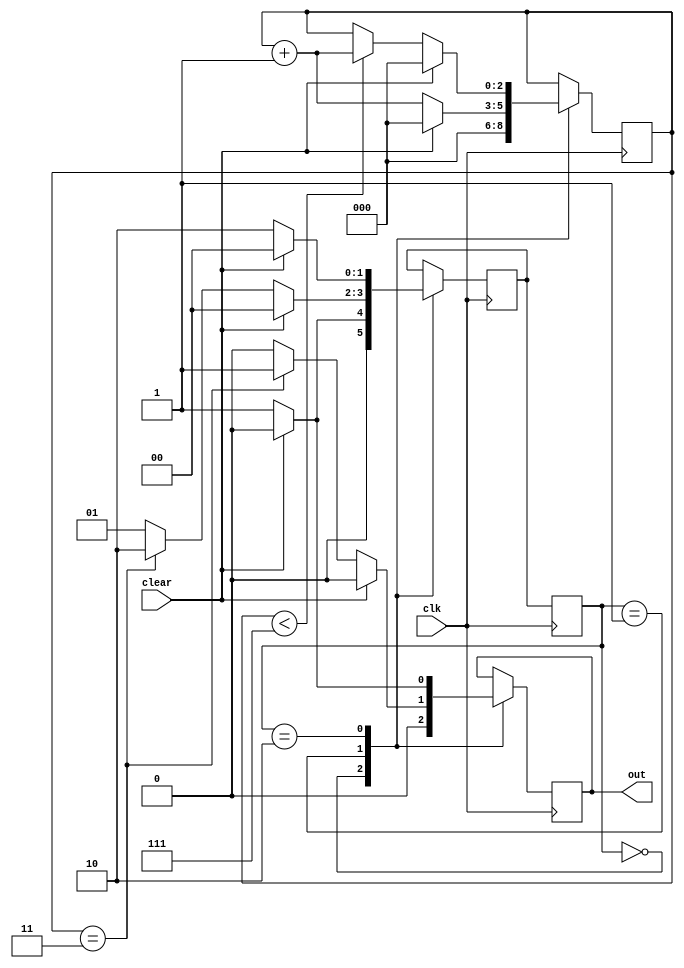
module nao_recilado(
    output reg out,
    input wire clk,
    input wire clear
);
    parameter A = 2'b00;
    parameter B = 2'b01;
    parameter C = 2'b10;
    reg [2:0]count;
    reg [1:0]state;
    reg [1:0]next_state;

    initial begin
        next_state = A;
        state = A;
        
    end

    always@(posedge clk)begin
        state <= next_state;
    end

    always@(posedge clk) begin
        case (state)
            A:  begin
                    if(clear)begin
                        out <= 0;
                        count <= 0;
                        next_state = A; 
                    end
                    else begin
                        out <= 0;
                        count <= 0;
                        next_state = B;
                    end
                end
            B:  begin
                    if(clear)begin
                        out <= 0;
                        count <= 0;
                        next_state = A; 
                    end
                    else begin
                        if(count == 3) begin
                            out <= 1;
                            count <= count+1;
                            next_state = C;
                        end
                        else begin
                            out <= 0;
                            count <= count+1;
                            next_state = B;    
                        end
                        
                    end
                end
            C:  begin
                    if(clear)begin
                        out <= 0;
                        count <= 0;
                        next_state = A; 
                    end
                    else begin
                        out <= 1;
                        if(count < 7) begin
                            count <= count+1;
                        end
                        next_state = C;
                    end
                end
        endcase
    end

endmodule





//estados